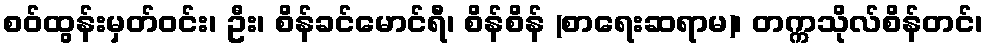
စဝ်ထွန်းမှတ်ဝင်း၊ ဦး၊ စိန်ခင်မောင်ရီ၊ စိန်စိန် (စာရေးဆရာမ)၊ တက္ကသိုလ်စိန်တင်၊